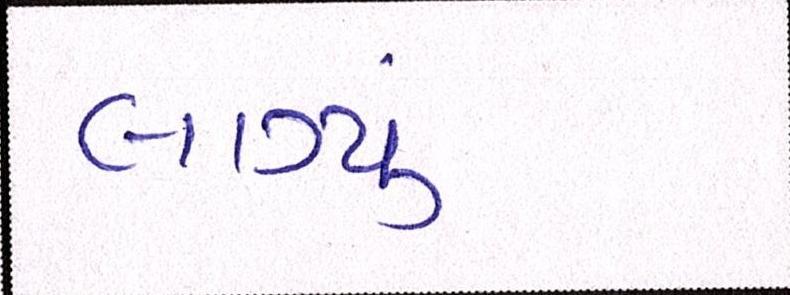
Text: લાગ્યું